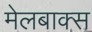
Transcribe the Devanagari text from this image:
मेलबाक्स